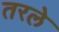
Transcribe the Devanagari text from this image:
तरले